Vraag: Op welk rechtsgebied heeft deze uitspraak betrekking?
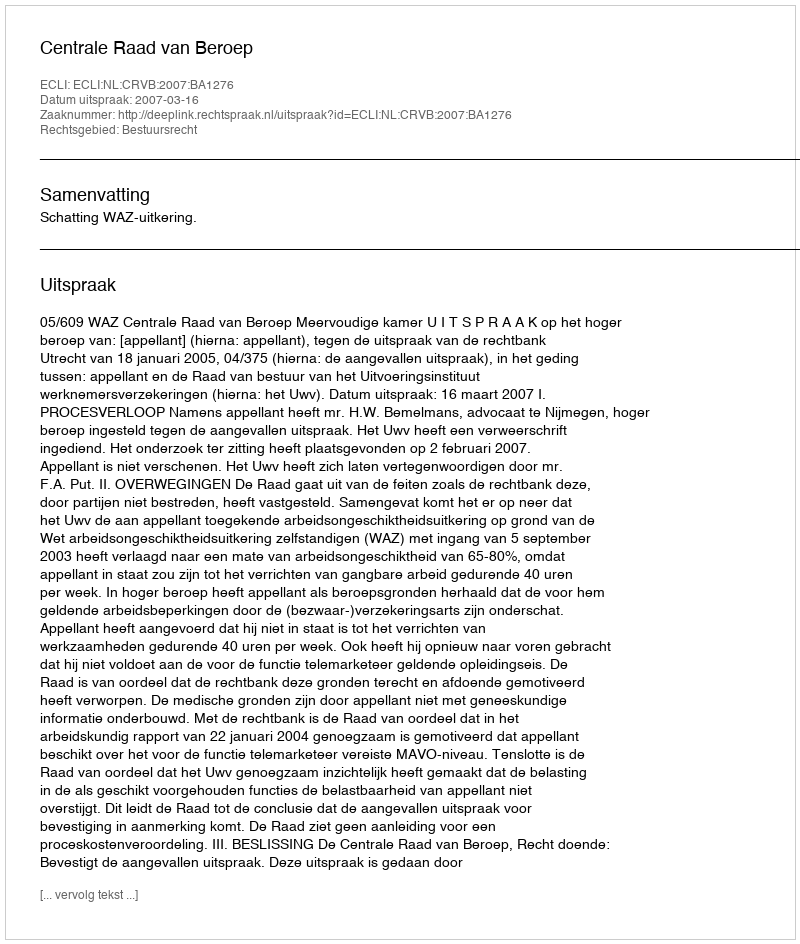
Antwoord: Bestuursrecht